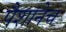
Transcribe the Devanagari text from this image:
पैशानेच